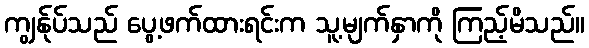
ကျွန်ုပ်သည် ပွေ့ဖက်ထားရင်းက သူ့မျက်နှာကို ကြည့်မိသည်။